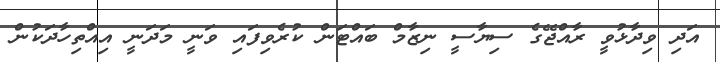
އަދި ވިދާޅުވީ ރާއްޖޭގެ ސިޔާސީ ނިޒާމް ބައްޓަން ކުރެވިފައި ވަނީ މަދަނީ އިއްތިހާދަކުން